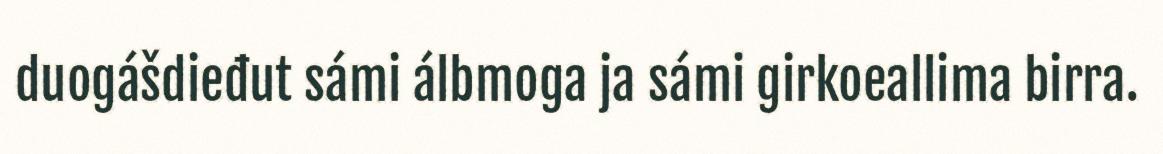
duogášdieđut sámi álbmoga ja sámi girkoeallima birra.